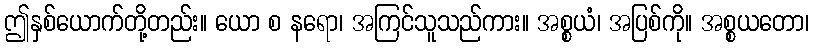
ဤနှစ်ယောက်တို့တည်း။ ယော စ နရော၊ အကြင်သူသည်ကား။ အစ္စယံ၊ အပြစ်ကို။ အစ္စယတော၊